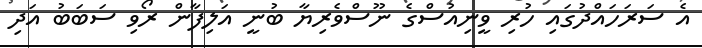
އެ ސަރަހައްދުގައި ހުރި ވީނިއުސްގެ ނޫސްވެރިޔާ ބުނީ އަލިފާން ރޯވި ސަބަބު އަދި